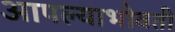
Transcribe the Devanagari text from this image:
आपल्याभोवती